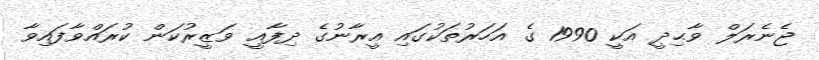
ޖެނެރަލް ވާޙިދީ އަކީ 1990 ގެ އަހަރުތަކުގައި އީރާނުގެ ދިފާއީ ވަޒީރުކަން ކުރައްވާފައިވާ